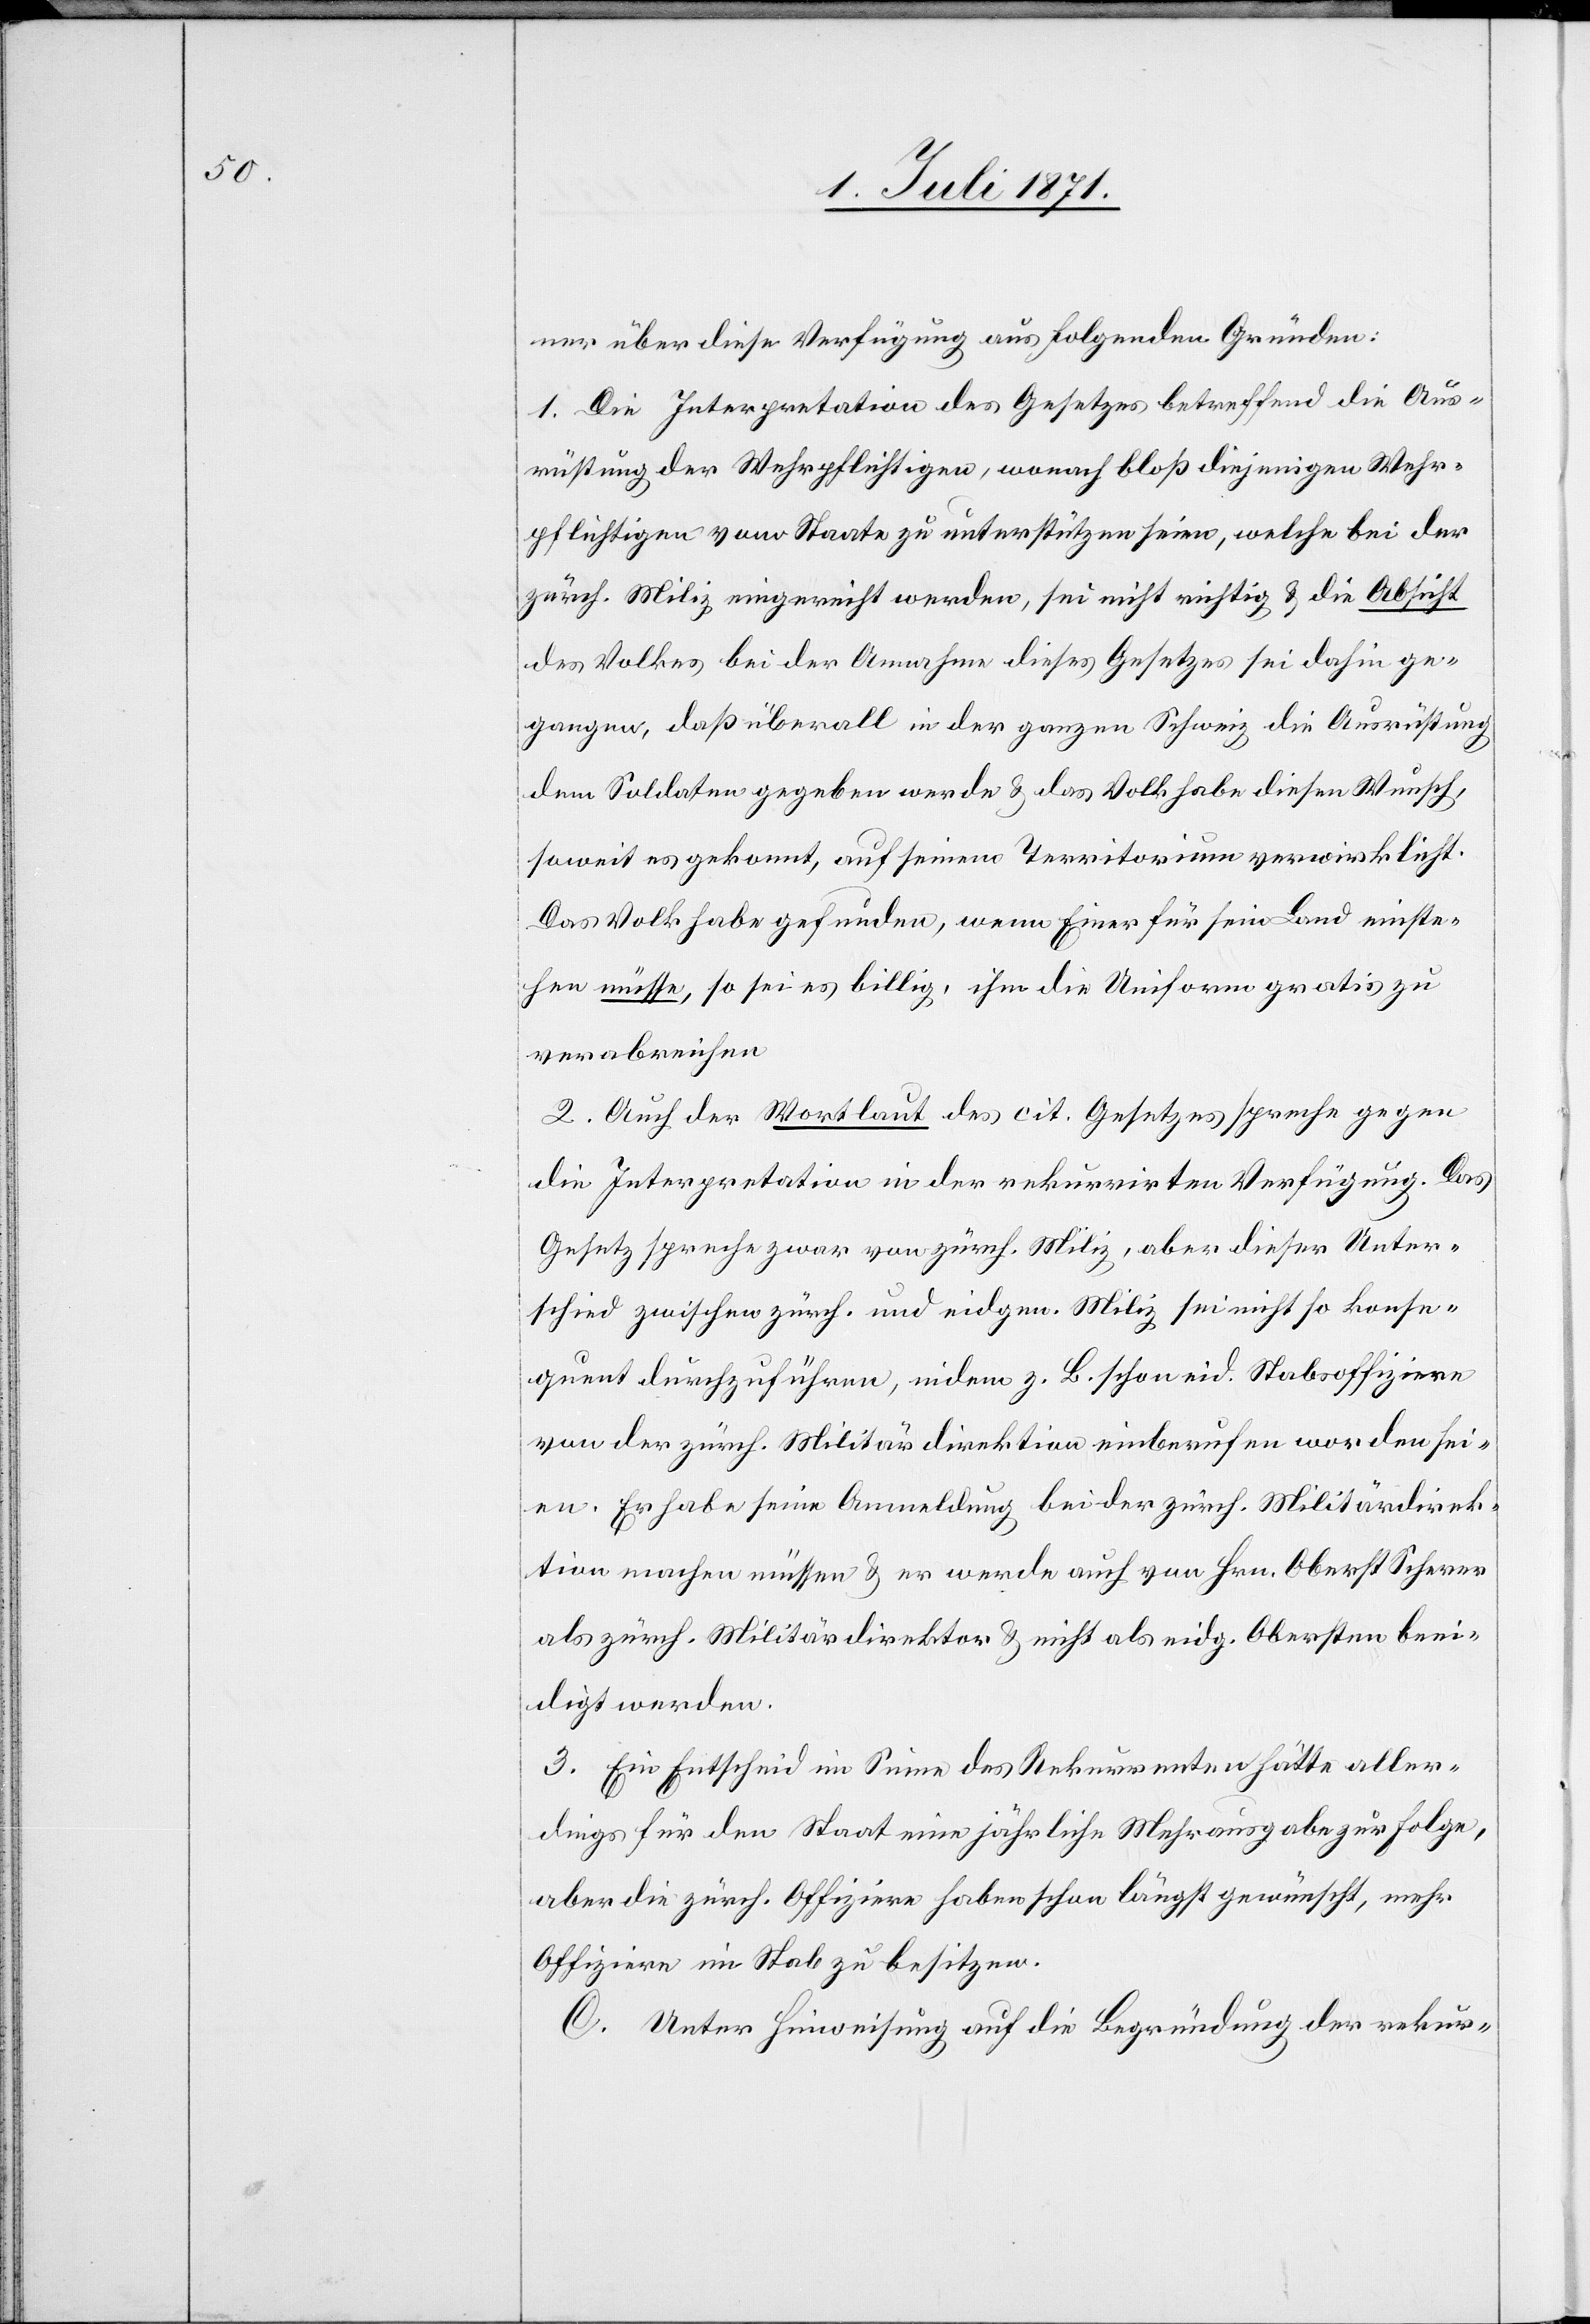
ner über diese Verfügung aus folgenden Gründen:
1. Die Interpretation des Gesetzes betreffend die Aus¬
rüstung der Wehrpflichtigen, wonach bloß diejenigen Wehr¬
pflichtigen vom Staate zu unterstützen seien, welche bei der
zürch. Miliz eingereicht werden, sei nicht richtig u. die Absicht
des Volkes bei der Annahme dieses Gesetzes sei dahin ge¬
gangen, daß überall in der ganzen Schweiz die Ausrüstung
dem Soldaten gegeben werde u. das Volk habe diesen Wunsch,
soweit es gekonnt, auf seinem Territorium verwirklicht.
Das Volk habe gefunden, wenn Einer für sein Land einste¬
hen müsse, so sei es billig, ihm die Uniform gratis zu
verabreichen.
2. Auch der Wortlaut des cit. Gesetzes spreche gegen
die Interpretation in der rekurrirten Verfügung. Das
Gesetz spreche zwar von zürch. Miliz, aber dieser Unter¬
schied zwischen zürch. und eidgen. Miliz sei nicht so konse¬
quent durchzuführen, indem z. B. schon eid. Stabsoffiziere
von der zürch. Militärdirektion einberufen worden sei¬
en. Er habe seine Anmeldung bei der zürch. Militärdirek¬
tion machen müssen u. er werde auch von Hrn. Oberst Scherer
als zürch. Militärdirektor u. nicht als eidg. Obersten beei¬
digt werden.
3. Ein Entscheid im Sinne des Rekurrenten hätte aller¬
dings für den Staat eine jährliche Mehrausgabe zur Folge,
aber die zürch. Offiziere haben schon längst gewünscht, mehr
Offiziere im Stab zu besitzen.
C. Unter Hinweisung auf die Begründung der rekur-